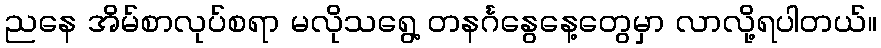
ညနေ အိမ်စာလုပ်စရာ မလိုသရွေ့ တနင်္ဂနွေနေ့တွေမှာ လာလို့ရပါတယ်။